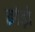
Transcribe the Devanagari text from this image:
झंड़ो